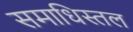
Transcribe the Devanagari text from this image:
समाधिस्तल